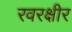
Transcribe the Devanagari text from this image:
रवरक्षीर